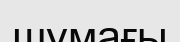
шумағы